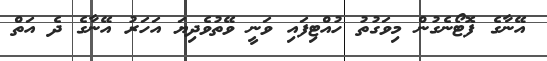
އޭނާގެ ފޮޓޯނެގުން މިވަގުތު ހުއްޓިފައި ވަނީ ވޭތުވެދިޔަ އަހަރު އޭނާގެ ދެ އަތް